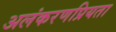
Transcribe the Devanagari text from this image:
अलंकरणप्रियता